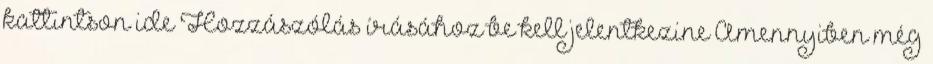
kattintson ide Hozzászólás írásához be kell jelentkezine Amennyiben még